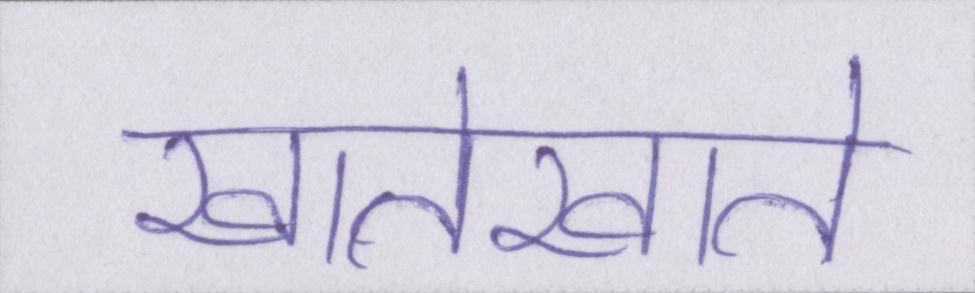
खातेखाते